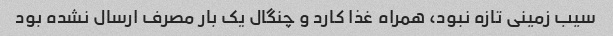
سیب زمینی تازه نبود، همراه غذا کارد و چنگال یک بار مصرف ارسال نشده بود